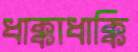
ধাক্কাধাক্কি